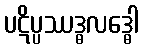
ပဋိပ္ပဿဒ္ဓလဒ္ဓေါ